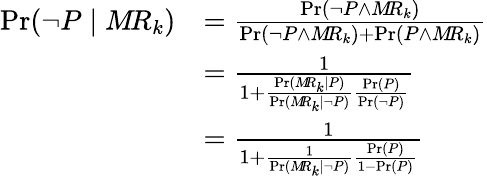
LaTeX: {\begin{array}{rl}{\operatorname*{Pr}(\lnot P\mid M\! R_{k})}&{={\frac{\operatorname*{Pr}(\lnot P\land M\! R_{k})}{\operatorname*{Pr}(\lnot P\land M\! R_{k})+\operatorname*{Pr}(P\land M\! R_{k})}}}\\ &{={\frac{1}{1+{\frac{\operatorname*{Pr}(M\! R_{k}\mid P)}{\operatorname*{Pr}(M\! R_{k}\mid\lnot P)}}{\frac{\operatorname*{Pr}(P)}{\operatorname*{Pr}(\lnot P)}}}}}\\ &{={\frac{1}{1+{\frac{1}{\operatorname*{Pr}(M\! R_{k}\mid\lnot P)}}{\frac{\operatorname*{Pr}(P)}{1-\operatorname*{Pr}(P)}}}}}\end{array}}